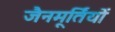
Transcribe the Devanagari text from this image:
जैनमूर्तियों